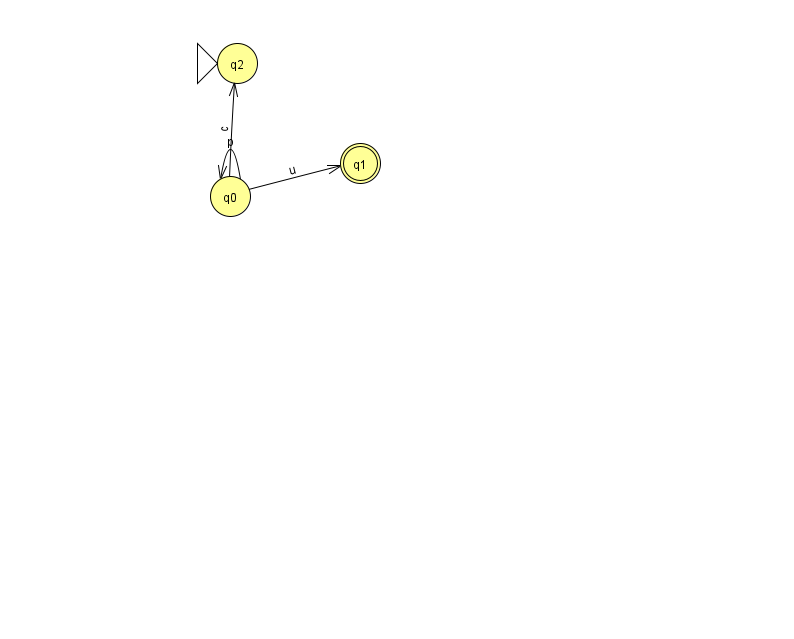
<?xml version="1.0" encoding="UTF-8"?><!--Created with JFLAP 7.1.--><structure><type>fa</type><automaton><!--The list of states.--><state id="0" name="q0"><x>230.0</x><y>183.0</y></state><state id="1" name="q1"><x>360.0</x><y>150.0</y><final/></state><state id="2" name="q2"><x>237.0</x><y>50.0</y><initial/></state><!--The list of transitions.--><transition><from>0</from><to>0</to><read>p</read></transition><transition><from>0</from><to>1</to><read>u</read></transition><transition><from>0</from><to>2</to><read>c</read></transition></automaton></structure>